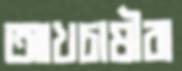
আখচাষীরা